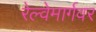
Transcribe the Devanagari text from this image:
रेल्वेमार्गवर